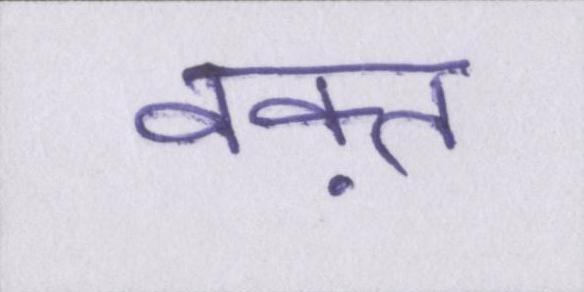
वक़्त